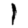
Digit: 1